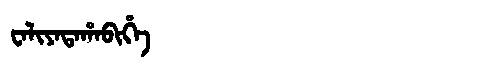
Manchu: ᠸᠠᠯᡳᠶᠠᡨᠠᡥᠠᠪᡳᡥᡝ
Romanization: WALIYATAHABIHE